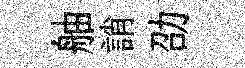
舳誚劭